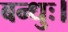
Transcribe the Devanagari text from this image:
बन्धुः।